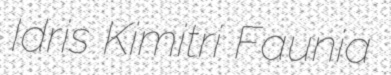
Idris Kimitri Faunia